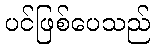
ပင်ဖြစ်ပေသည်